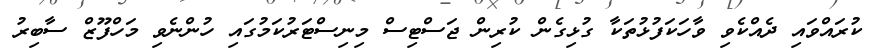
ކުރައްވައި ދެއްކެވި ވާހަކަފުޅުތަކާ ގުޅިގެން ކުރިން ޖަސްޓިސް މިނިސްޓަރުކަމުގައި ހުންނެވި މަހްފޫޒް ސާބިރު